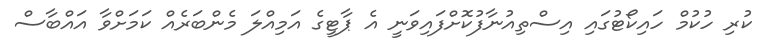
ކުރި ހުކުމް ހައިކޯޓުގައި އިސްތިއުނާފުކޮށްފައިވަނީ އެ ޕާޓީގެ އަމިއްލަ މެންބަރެއް ކަމަށްވާ އައްބާސް